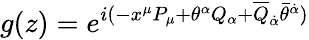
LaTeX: g(z)=e^{i(-x^{\mu}P_{\mu}+\theta^{\alpha}Q_{\alpha}+\overline{{{Q}}}_{\dot{\alpha}}\bar{\theta}^{\dot{\alpha}})}